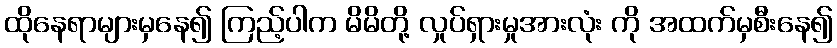
ထိုနေရာများမှနေ၍ ကြည့်ပါက မိမိတို့ လှုပ်ရှားမှုအားလုံး ကို အထက်မှစီးနေ၍